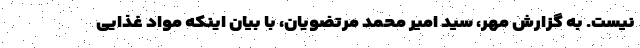
نیست. به گزارش مهر، سید امیر محمد مرتضویان، با بیان اینکه مواد غذایی